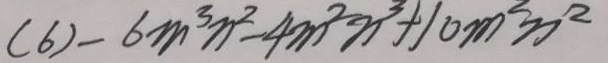
( 6 ) - 6 m ^ { 3 } n ^ { 2 } - 4 m ^ { 2 } n ^ { 3 } + 1 0 m ^ { 2 } n ^ { 2 }